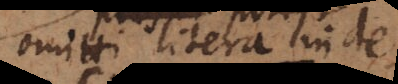
omitti litera inde